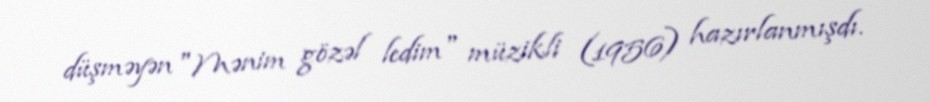
düşməyən "Mənim gözəl ledim" müzikli (1956) hazırlanmışdı.